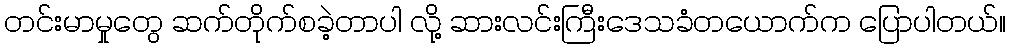
တင်းမာမှုတွေ ဆက်တိုက်စခဲ့တာပါ လို့ ဆားလင်းကြီးဒေသခံတယောက်က ပြောပါတယ်။